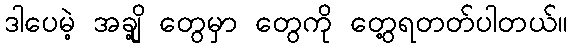
ဒါပေမဲ့ အချို့ တွေမှာ တွေကို တွေ့ရတတ်ပါတယ်။